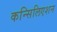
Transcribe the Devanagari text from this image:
कन्सिलिएशन